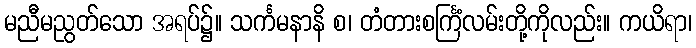
မညီမညွတ်သော အရပ်၌။ သင်္ကမနာနိ စ၊ တံတားစင်္ကြံလမ်းတို့ကိုလည်း။ ကယိရာ၊